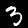
Label: 3